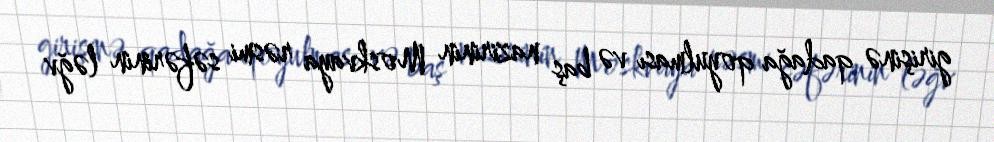
girişinə qadağa qoyulması və baş nazirinin Moskvaya rəsmi səfərinin ləğv